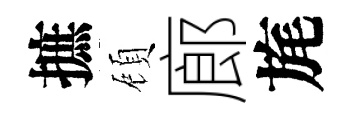
摭頋廊旄